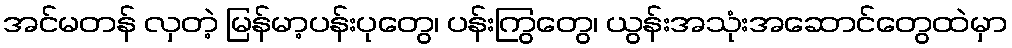
အင်မတန် လှတဲ့ မြန်မာ့ပန်းပုတွေ၊ ပန်းကြွတွေ၊ ယွန်းအသုံးအဆောင်တွေထဲမှာ